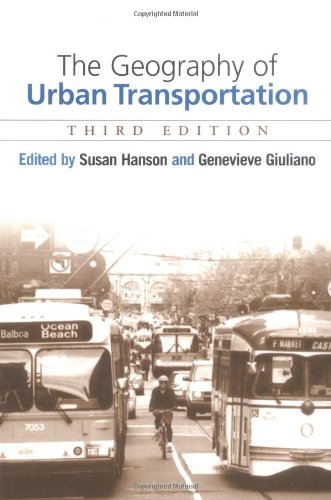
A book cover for The Geography of Urban Transportation, Third Edition; Engineering & Transportation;